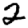
Digit: 2